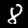
Label: 8